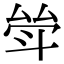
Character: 斚